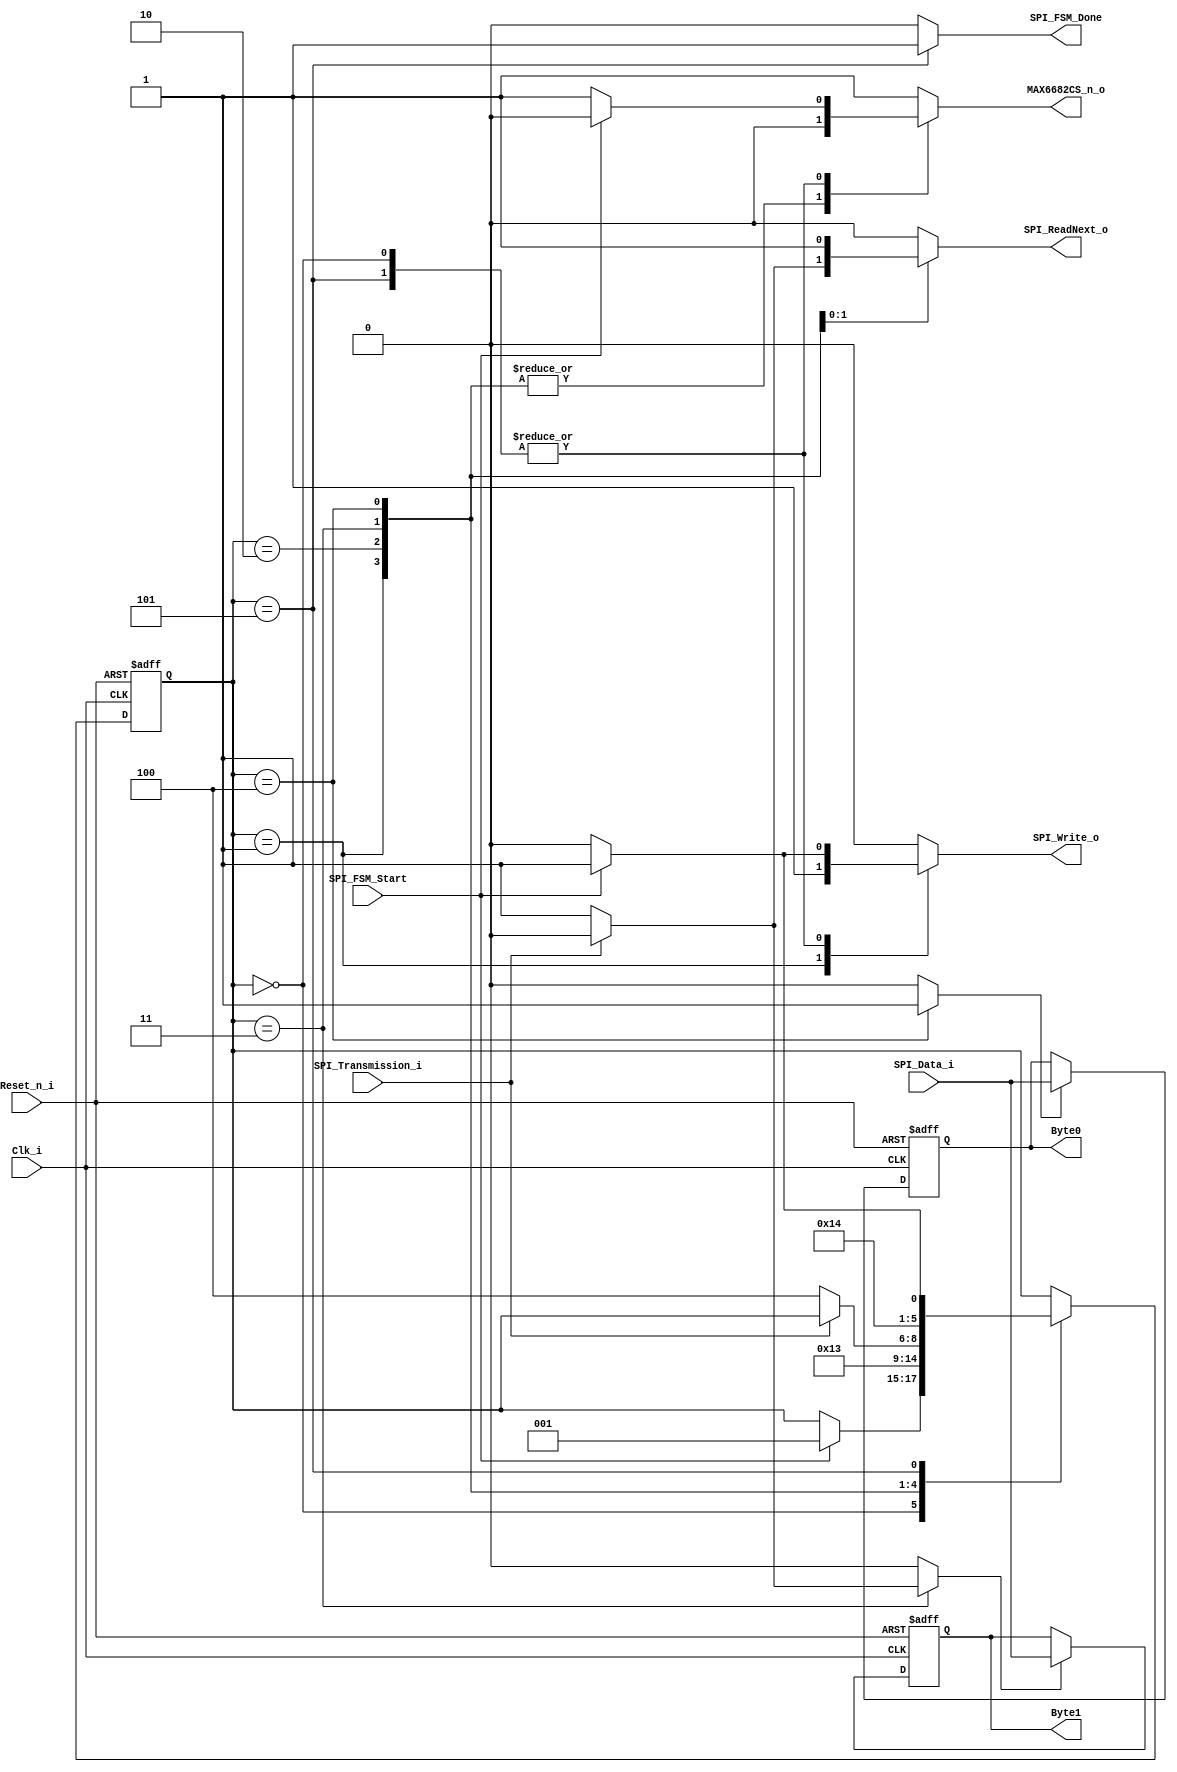
module SPI_FSM (
  input            Reset_n_i,
  input            Clk_i,
  input            SPI_FSM_Start,
  input            SPI_Transmission_i,
  output reg       MAX6682CS_n_o,
  output reg       SPI_Write_o,
  output reg       SPI_ReadNext_o,
  output reg       SPI_FSM_Done,
  input      [7:0] SPI_Data_i,
  output reg [7:0] Byte0,
  output reg [7:0] Byte1
);
  localparam stIdleSPI    = 3'b000;
  localparam stWrite1     = 3'b001;
  localparam stWrite2     = 3'b010;
  localparam stWait       = 3'b011;
  localparam stRead1      = 3'b100;
  localparam stRead2      = 3'b101;
  localparam stPause      = 3'b110;
  reg [2:0]              SPI_FSM_State;
  reg [2:0]              SPI_FSM_NextState;
  reg                    SPI_FSM_Wr1;
  reg                    SPI_FSM_Wr0;

  /////////////////////////////////////////////////////////////////////////////
  // SPI FSM //////////////////////////////////////////////////////////////////
  /////////////////////////////////////////////////////////////////////////////

  always @(negedge Reset_n_i or posedge Clk_i)
  begin
    if (!Reset_n_i)
    begin
      SPI_FSM_State <= stIdleSPI;
    end
    else
    begin // rising clock edge
      SPI_FSM_State <= SPI_FSM_NextState;
    end  
  end

  // Note: There is a possible infinite zero-delay loop between this always-
  // block and that of the SensorFSM with SPI_FSM_Start and SPI_FSM_Done.
  // Previously (and in the VHDL code) SPI_FSM_Done is set '1' as default
  // value and then set to '0' in nearly each case below, e.g. in stIdleSPI.
  // In the simulation, this changes the value of that signal each time this
  // always-block is executed, which then triggers the below always-block too.
  // Therefore this code was changed to set the default value '0' and only set
  // the signal '1' in stRead2 and stPause.
  always @(SPI_FSM_State, SPI_FSM_Start, SPI_Transmission_i)
  begin  // process SPI_FSM_CombProc
    SPI_FSM_NextState = SPI_FSM_State;
    // control signal default values
    MAX6682CS_n_o       = 1'b1;
    SPI_Write_o         = 1'b0;
    SPI_ReadNext_o      = 1'b0;
    SPI_FSM_Wr1         = 1'b0;
    SPI_FSM_Wr0         = 1'b0;
    SPI_FSM_Done        = 1'b0;
    // next state and output logic
    case (SPI_FSM_State)
      stIdleSPI: begin
        if (SPI_FSM_Start == 1'b1)
        begin
          SPI_FSM_NextState = stWrite1;
          MAX6682CS_n_o     = 1'b0;
          SPI_Write_o       = 1'b1;
        end
      end
      stWrite1: begin
        SPI_FSM_NextState   = stWrite2;
        MAX6682CS_n_o       = 1'b0;
        SPI_Write_o         = 1'b1;
      end
      stWrite2: begin
        SPI_FSM_NextState   = stWait;
        MAX6682CS_n_o       = 1'b0;
      end
      stWait: begin
        MAX6682CS_n_o       = 1'b0;
        // wait until SPI transmission has finished
        if (SPI_Transmission_i == 1'b0) begin
          SPI_FSM_NextState = stRead1;
          SPI_ReadNext_o    = 1'b1;
          SPI_FSM_Wr1       = 1'b1;
        end
      end
      stRead1: begin
        SPI_FSM_NextState   = stRead2;
        MAX6682CS_n_o       = 1'b0;
        SPI_ReadNext_o      = 1'b1;
        SPI_FSM_Wr0         = 1'b1;
      end
      stRead2: begin
        SPI_FSM_Done      = 1'b1;
        // be really quick here and allow to immediately issue a new transfer
        if (SPI_FSM_Start == 1'b1)
        begin
          SPI_FSM_NextState = stWrite1;
          MAX6682CS_n_o     = 1'b0;
          SPI_Write_o       = 1'b1;
        end
        else
        begin
          SPI_FSM_NextState = stIdleSPI;
        end
      end
      default: begin
      end
    endcase
  end

  /////////////////////////////////////////////////////////////////////////////
  // Byte-wide Memory /////////////////////////////////////////////////////////
  /////////////////////////////////////////////////////////////////////////////

  always @(negedge Reset_n_i or posedge Clk_i)
  begin
    if (!Reset_n_i)
    begin
      Byte0 <= 8'd0;
      Byte1 <= 8'd0;
    end
    else
    begin
      if (SPI_FSM_Wr0)
      begin
        Byte0 <= SPI_Data_i;
      end
      if (SPI_FSM_Wr1)
      begin
        Byte1 <= SPI_Data_i;
      end
    end  
  end

endmodule